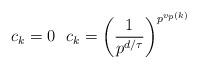
LaTeX: \begin{align*}c_k=0\ \ c_k=\left(\frac{1}{p^{d/\tau}}\right)^{p^{v_p(k)}}\ \end{align*}